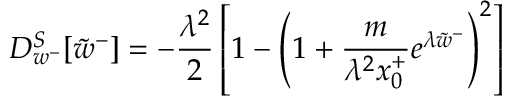
D _ { w ^ { - } } ^ { S } [ \tilde { w } ^ { - } ] = - \frac { \lambda ^ { 2 } } { 2 } \left[ 1 - \left( 1 + \frac { m } { \lambda ^ { 2 } x _ { 0 } ^ { + } } e ^ { \lambda \tilde { w } ^ { - } } \right) ^ { 2 } \right]